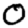
Digit: 0